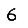
Digit: 6